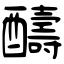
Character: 醻